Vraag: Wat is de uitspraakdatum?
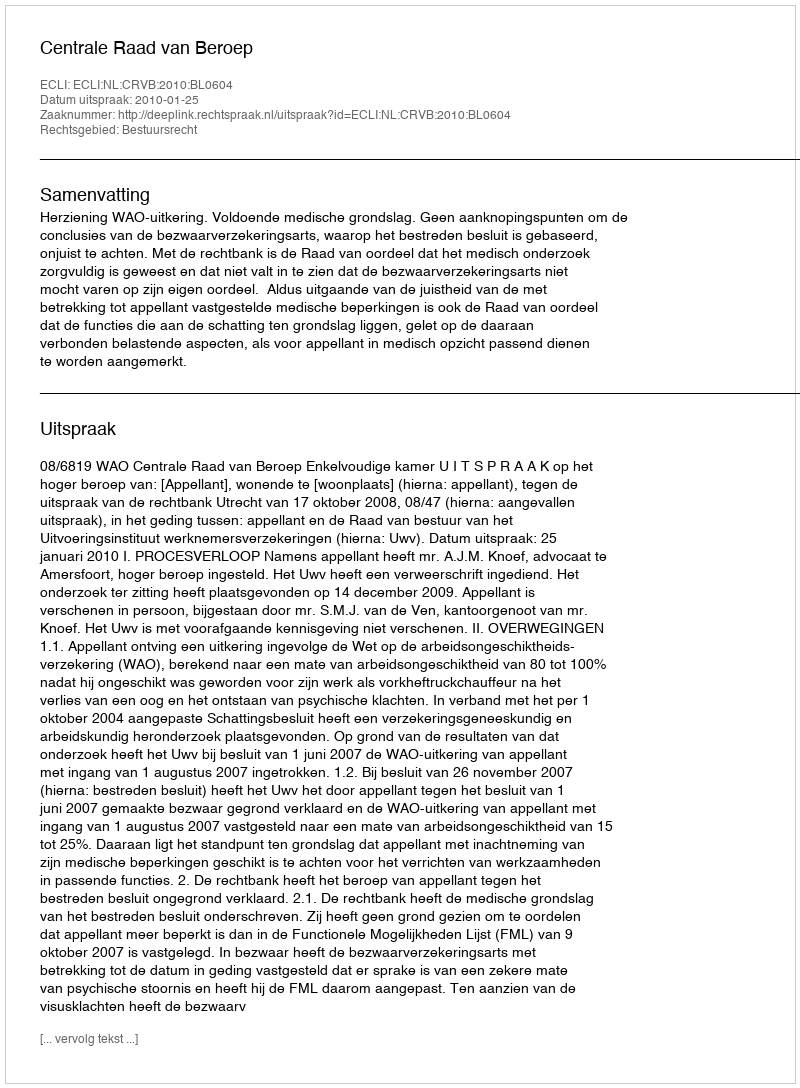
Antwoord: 2010-01-25